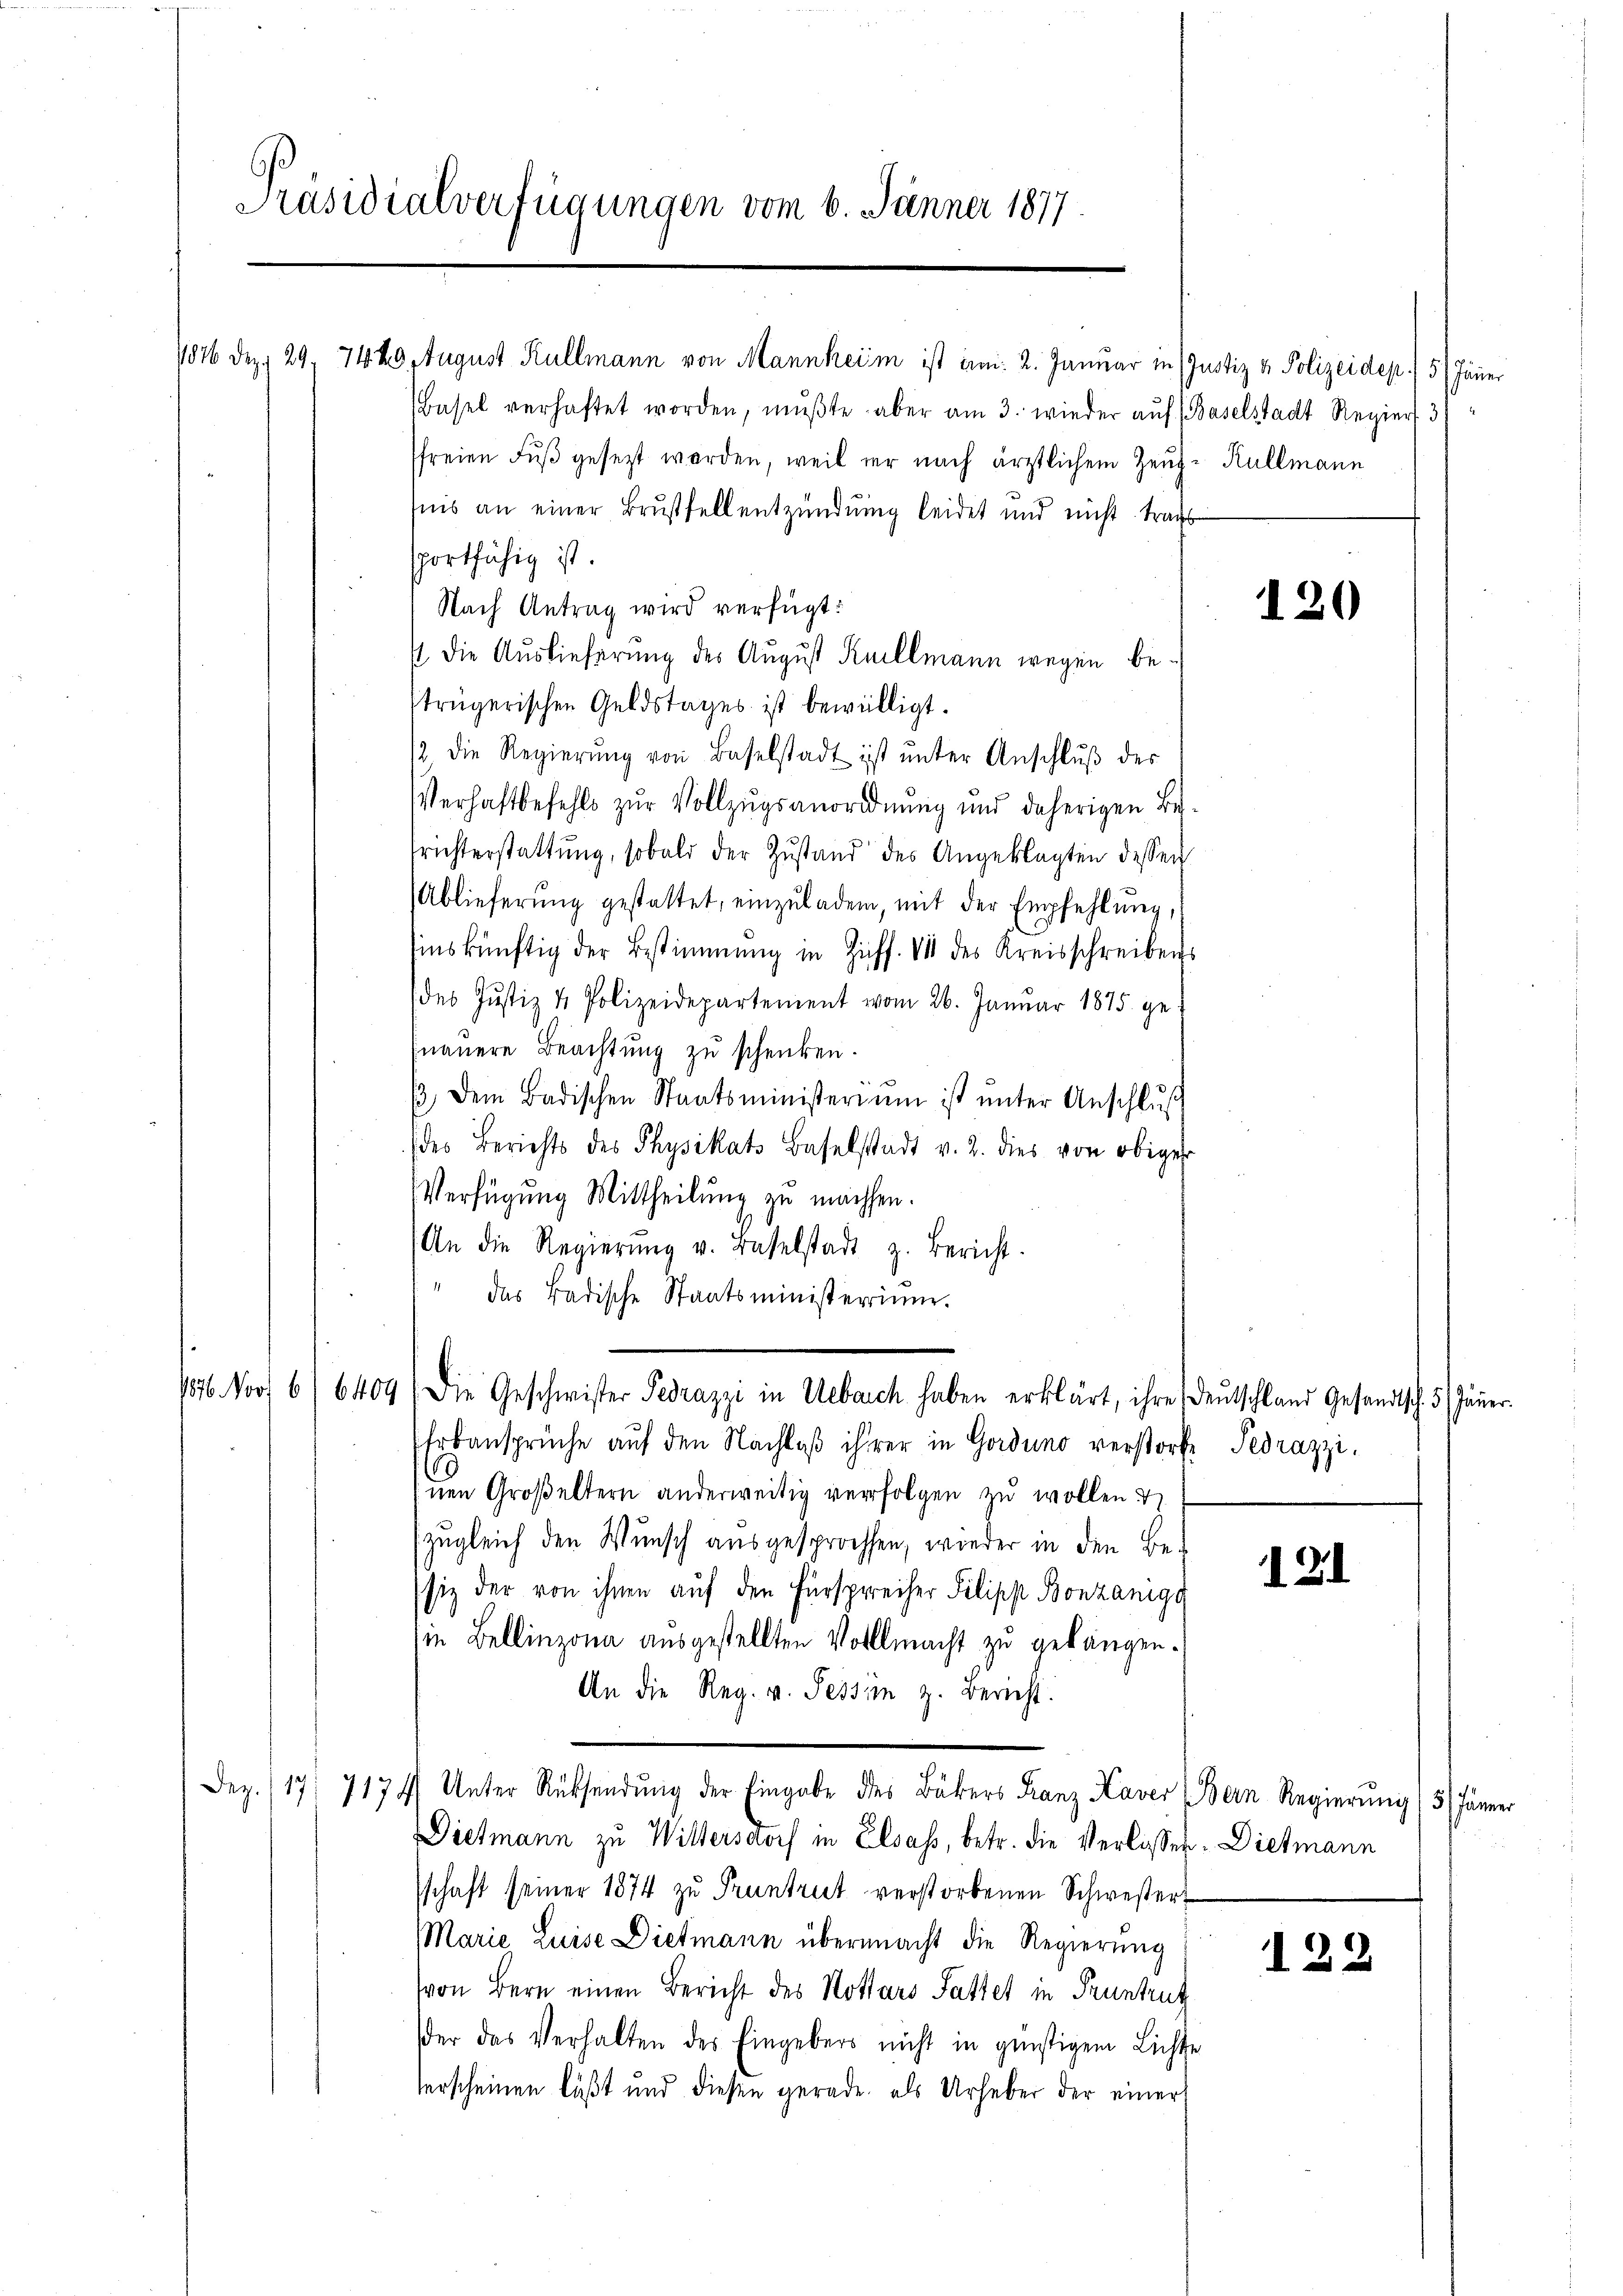
Basel verhaftet worden, mŭβte, aber am 3. wieder auf (Baselstadt Regiers. 3)
sfreien Fŭβ gesezt worden, weil er nach ärztlichem Zeug-Rullmann
is an einer Brustfellentzündung leidet und nicht tragt
portfähig ist.
Nach Antrag wird verfügt:
/ die Auslieferung des August Keillmann wegen bestrügerischen Geldstages ist bewilligt.
12 die Regierŭng von Baselstadt ist ŭnter Anschlŭβ des
VVerhaftbefehls zur Vollzugsanordnung und daherigen Be¬
Trichterstattung, sobald der Zustand des Angeklagten dessen
Ablieferŭng gestattet, einzŭladen, mit der Empfehlŭng,
inskünftig der Bestimmung in Ziff. III des Kreisschreibens
des Justiz & Polizeidepartement vom 26. Januar 1875. genauere Beachtung zu schenken.
/3 dem Badischen Staatsministeriŭm ist ŭnter Anschlŭβ
(des Berichts des Physikats Baselstadt v. 2. dies von obiger
Verfügung Mittheilung zu machen.
An die Regierŭng v. Baselstadt z. Bericht.
" das Badische Staatsministerium.
1576. Norf 6/6409) Die Geschwister Pedrazzi in Uebaich haben erklärt, ihre Deutschland Gesandtsch. 3. Jäne
Erbansprüche aŭf den Nachlaβ ihrer in Gordung verstorf Pedrazzi,
nen Großeltern anderweitig verfolgen zu wollen
(zugleich den Wunsch ausgesprochen, wieder in den Besiz der von ihnen auf den Fürsprecher Pilipp Bonzanigg
ie Bellinzona ausgestellten Vollmacht zu gelangen.
An die Reg. v. Tessin z. Bericht.
Dez. /17/ 7174/ Unter Rücksendŭng der Eingabe des Bäkers Franz Kaver (Bern Regierung (5 Jänn
Dietmann zu Wittersdorf in Elsass, betr. die Verlissen. Diesmann
schaft seiner 1874 zu Pruntrut verstorbenen Schwester
Marie Luise Dietmann übermacht die Regierung
von Bern einen Bericht des Hottars Sattet in Pruntrut
der das Verhalten des Eingebers nicht in günstigem Lichte
verscheinen läßt und diesen gerade, als Urheber der einer

Präsidialverfügungen vom 6. Jänner 1877.

1876 Dez. 29. 74 29 August Kullmann von Mannheim ist um: 2. Januar in (Justiz & Polizeidep) 5 Jänner

120

121

122